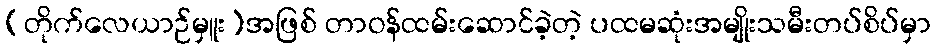
(တိုက်လေယာဉ်မှူး)အဖြစ် တာဝန်ထမ်းဆောင်ခဲ့တဲ့ ပထမဆုံးအမျိုးသမီးတပ်စိပ်မှာ